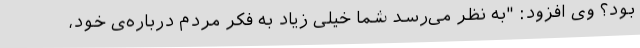
بود؟ وی افزود: "به نظر می‌رسد شما خیلی زیاد به فکر مردم درباره‌ی خود،